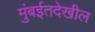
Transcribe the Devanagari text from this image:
मुंबईतदेखील